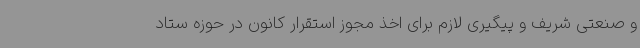
و صنعتی شریف و پیگیری لازم برای اخذ مجوز استقرار کانون در حوزه ستاد